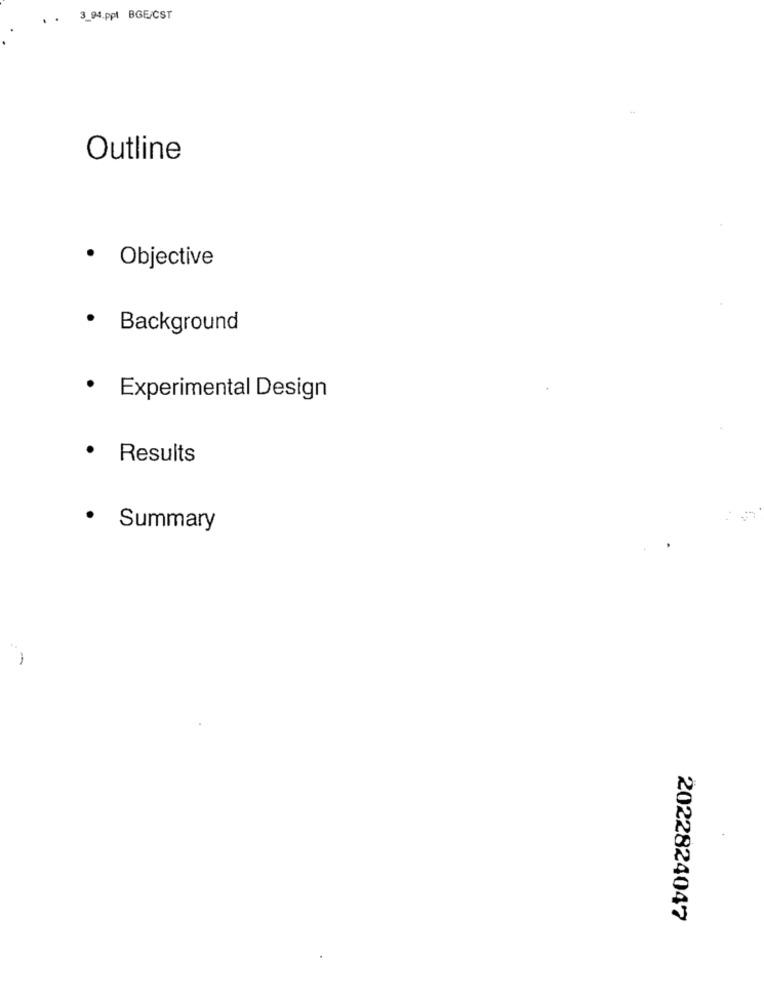
. . 3_94.ppt BGE/CST
Outline
Objective
· Background
Experimental Design
Results
Summary
2022824047